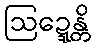
ဩဍ္ဍေန္တိ